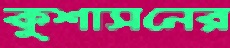
কুশাসনের